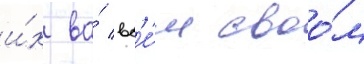
и́х во́ вс'е́м своо́м